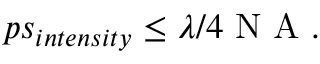
\begin{array} { r } { p s _ { i n t e n s i t y } \leq \lambda / 4 \mathrm { ~ N ~ A ~ } . } \end{array}